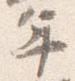
年